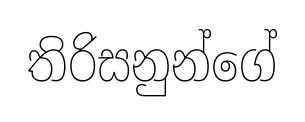
තිරිසනුන්ගේ